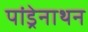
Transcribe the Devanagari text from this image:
पांड्रेनाथन